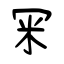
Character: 冞